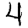
Digit: 4